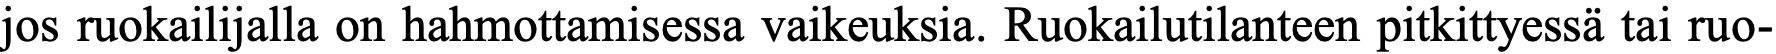
jos ruokailijalla on hahmottamisessa vaikeuksia. Ruokailutilanteen pitkittyessä tai ruo-